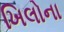
ખિલોના